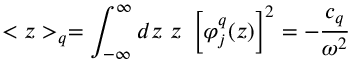
< z > _ { q } = \int _ { - \infty } ^ { \infty } d z \ z \ \left[ \varphi _ { j } ^ { q } ( z ) \right] ^ { 2 } = - \frac { c _ { q } } { \omega ^ { 2 } }